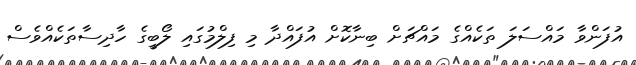
އުފަންވާ މައްސަލަ ތަކެއްގެ މައްޗަށް ބިނާކޮށް އުފައްދާ މި ފިލްމުގައި ލޯބީގެ ހާދިސާތަކެއްވެސް